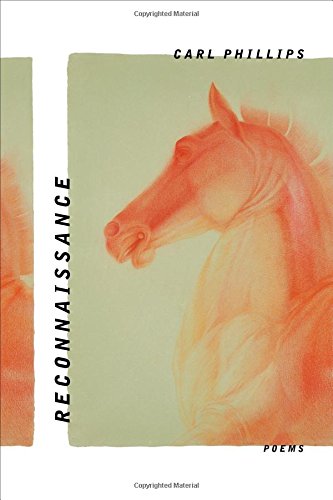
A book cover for Reconnaissance: Poems; Carl Phillips; Literature & Fiction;